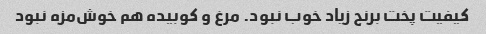
کیفیت پخت برنج زیاد خوب نبود. مرغ و کوبیده هم خوش‌مزه نبود